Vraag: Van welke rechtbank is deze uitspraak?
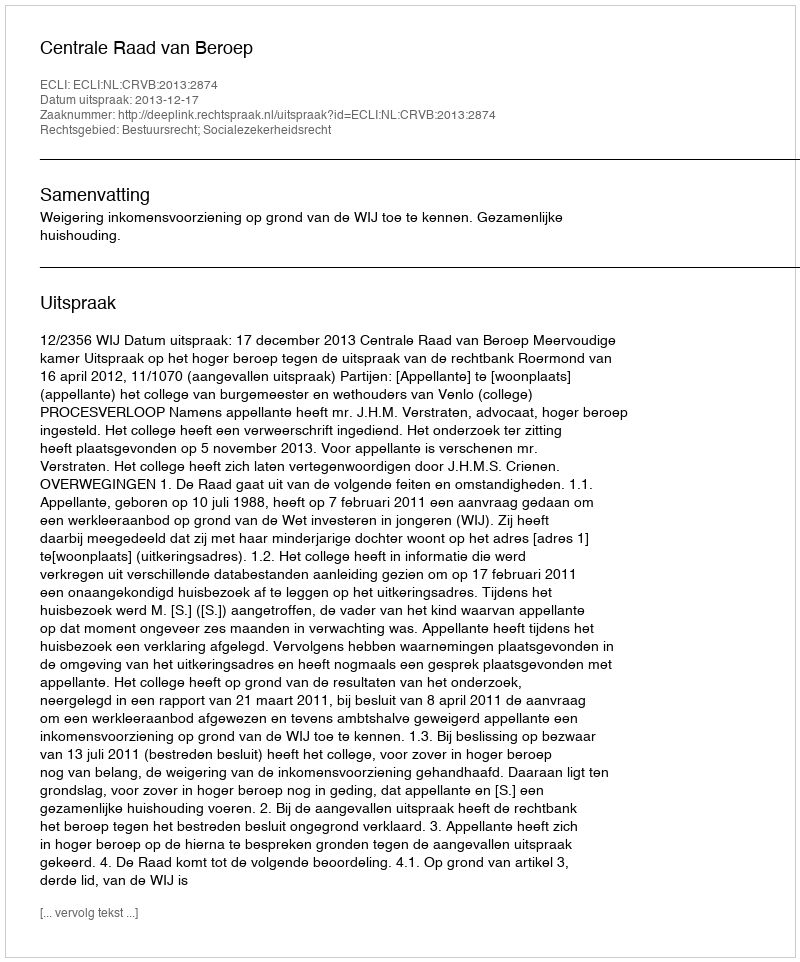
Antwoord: Centrale Raad van Beroep